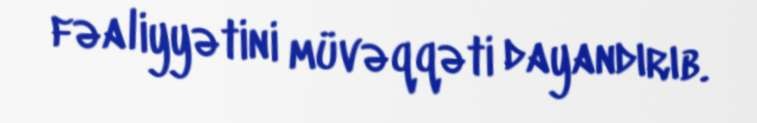
fəaliyyətini müvəqqəti dayandırıb.